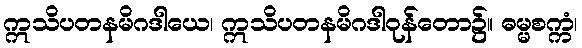
ဣသိပတနမိဂဒါယေ၊ ဣသိပတနမိဂဒါဝုန်တော၌။ ဓမ္မစက္ကံ၊